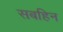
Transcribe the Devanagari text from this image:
सबहिन